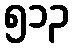
၅၁၃